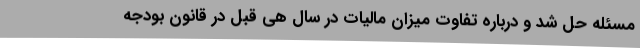
مسئله حل شد و درباره تفاوت میزان مالیات در سال هی قبل در قانون بودجه